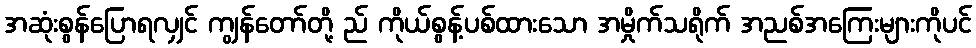
အဆုံးစွန်ပြောရလျှင် ကျွန်တော်တို့ ည် ကိုယ်စွန့်ပစ်ထားသော အမှိုက်သရိုက် အညစ်အကြေးများကိုပင်